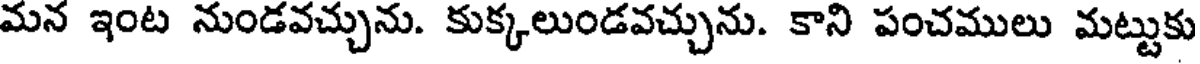
మన ఇంట నుండవచ్చును. కుక్కలుండవచ్చును. కాని పంచములు మట్టుకు